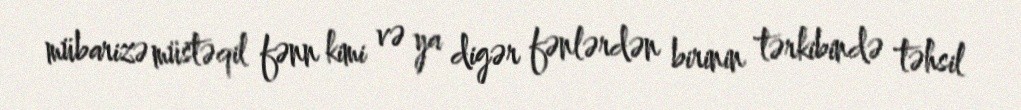
mübarizə müstəqil fənn kimi və ya digər fənlərdən birinin tərkibində təhsil